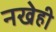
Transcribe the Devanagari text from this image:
नखेही